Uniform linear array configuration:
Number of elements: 8
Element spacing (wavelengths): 1
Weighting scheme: binomial
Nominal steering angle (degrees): -30
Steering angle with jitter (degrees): -30.435
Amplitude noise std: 0.05
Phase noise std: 0.05

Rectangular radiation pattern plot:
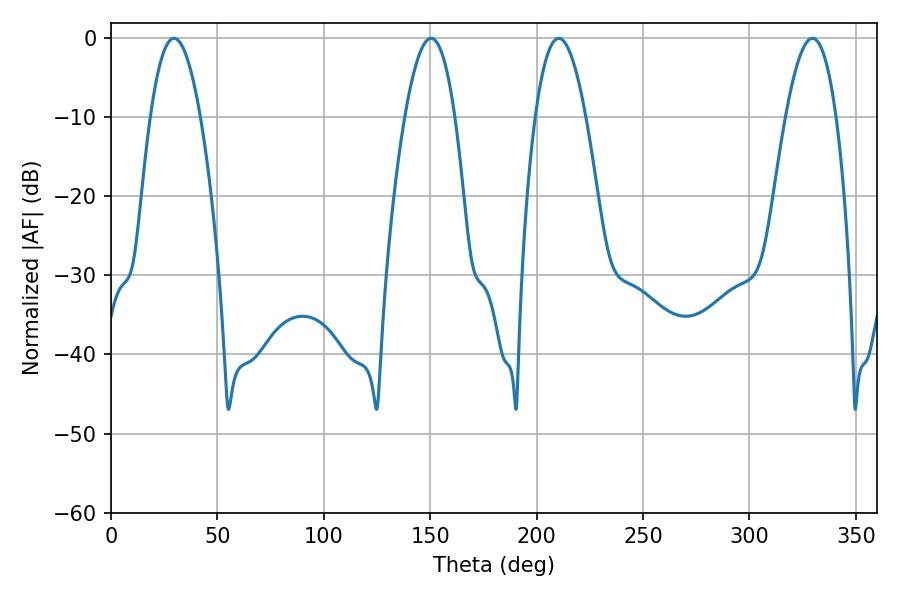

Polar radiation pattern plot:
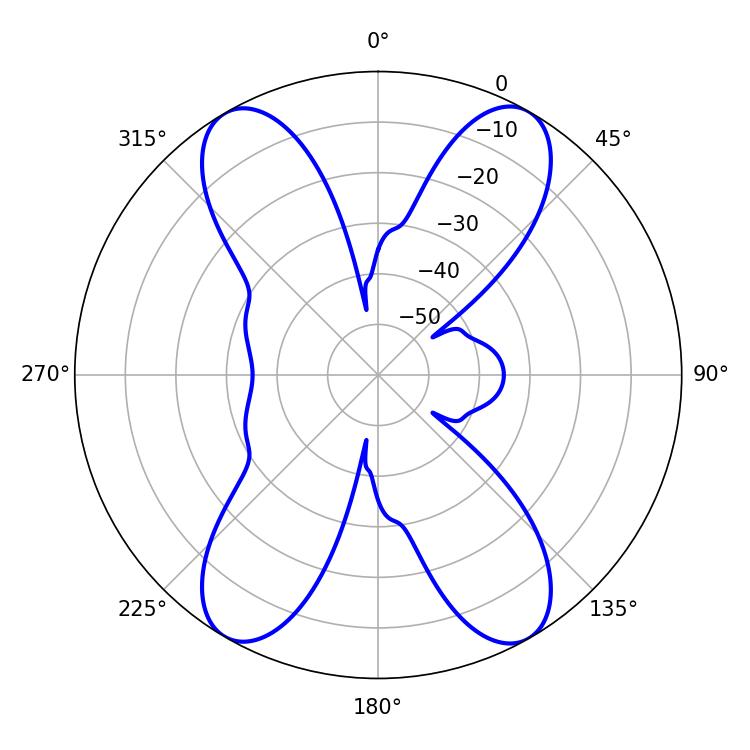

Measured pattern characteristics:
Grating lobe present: TRUE
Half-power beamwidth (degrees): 12.96
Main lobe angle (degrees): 210.42